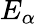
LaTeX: E_{\alpha}